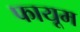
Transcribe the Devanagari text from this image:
फायूम